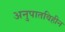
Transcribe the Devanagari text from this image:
अनुपातविहीन